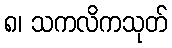
၈၊ သကလိကသုတ်